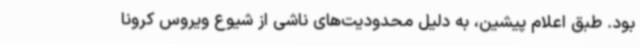
بود. طبق اعلام پیشین، به دلیل محدودیت‌های ناشی از شیوع ویروس کرونا